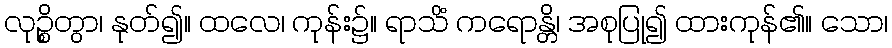
လုဉ္စိတွာ၊ နုတ်၍။ ထလေ၊ ကုန်း၌။ ရာသိံ ကရောန္တိ၊ အစုပြု၍ ထားကုန်၏။ သော၊